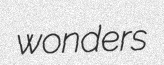
wonders